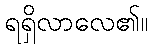
ရရှိလာလေ၏။